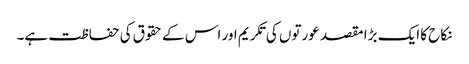
نکاح کا ایک بڑا مقصد عورتوں کی تکریم اور اس کے حقوق کی حفاظت ہے۔